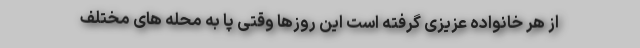
از هر خانواده عزیزی گرفته است این روزها وقتی پا به محله های مختلف